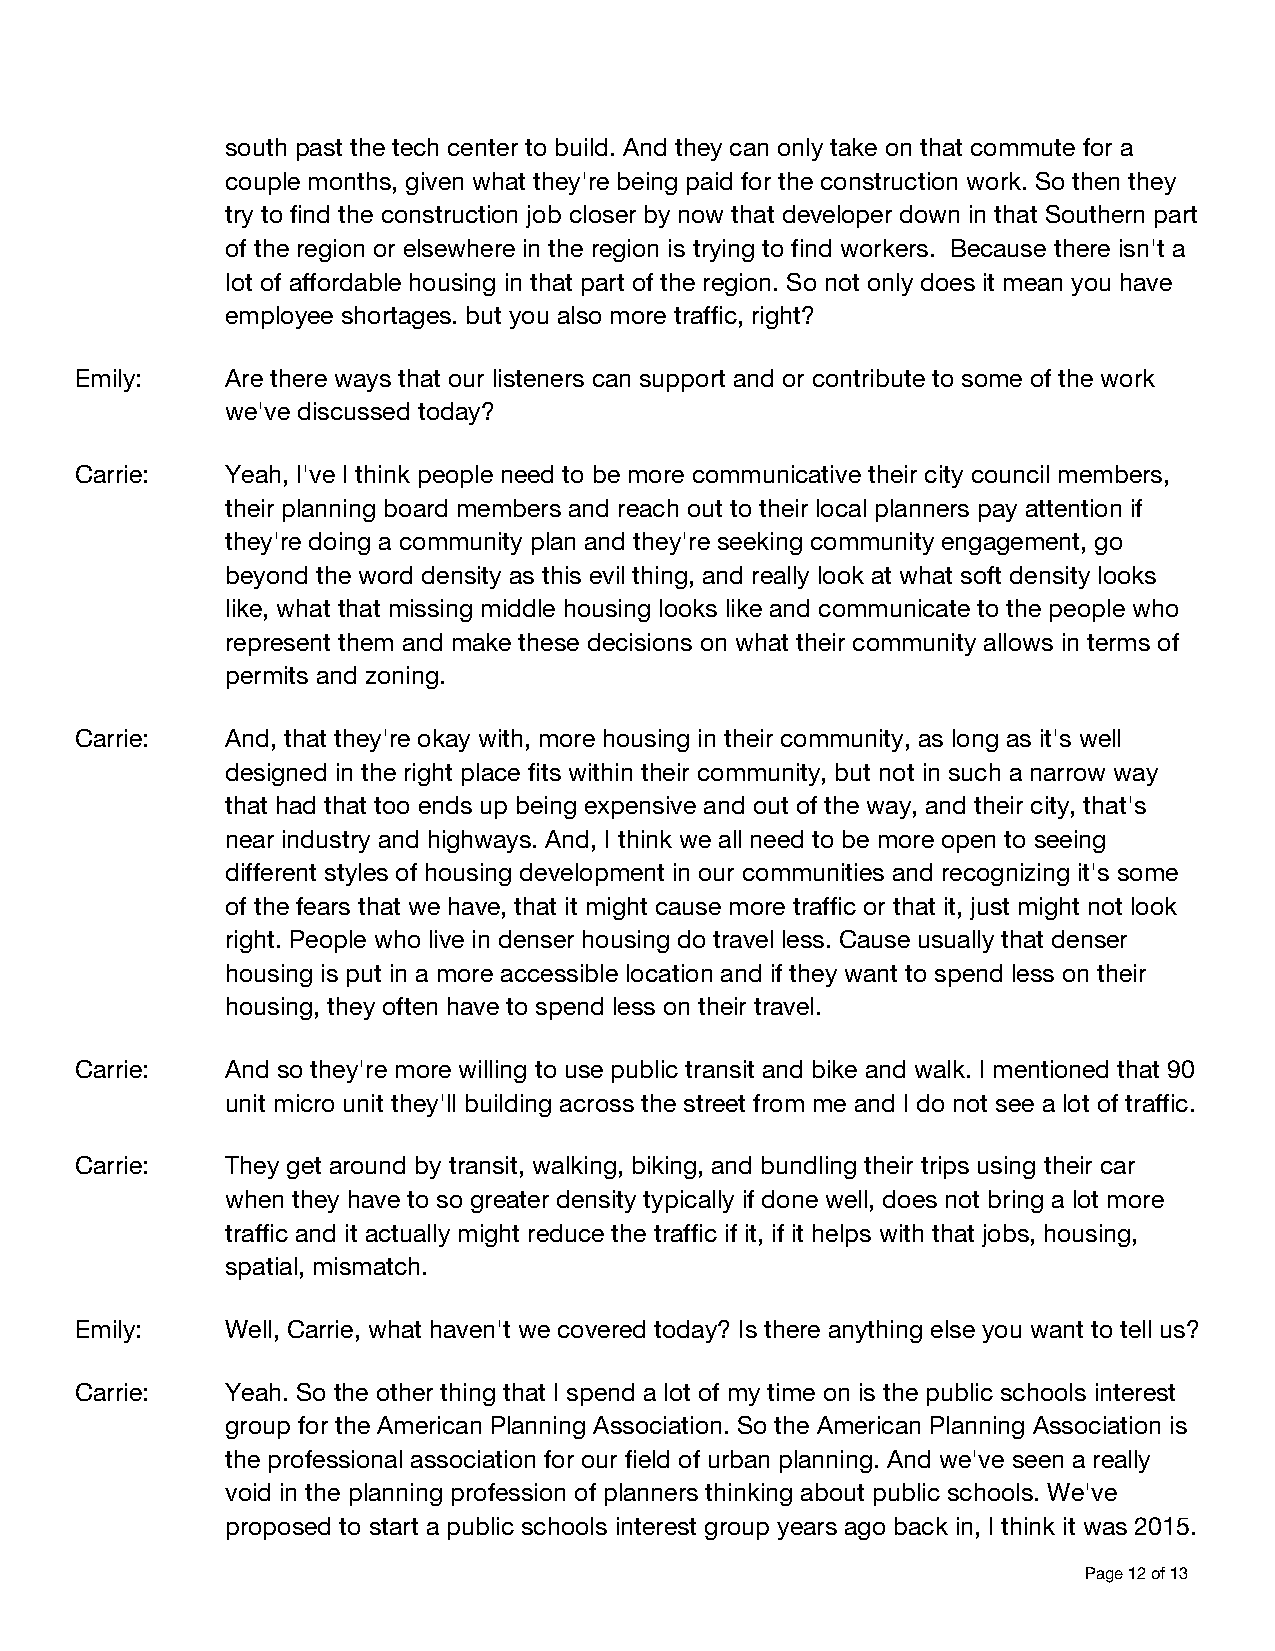
south past the tech center to build. And they can only take on that commute for a
 couple months, given what they're being paid for the construction work. So then they
 try to find the construction job closer by now that developer down in that Southern part
 of the region or elsewhere in the region is trying to find workers. Because there isn't a
 lot of affordable housing in that part of the region. So not only does it mean you have
 employee shortages. but you also more traffic, right?
 Emily:    Are there ways that our listeners can support and or contribute to some of the work
 we've discussed today?
 Carrie:   Yeah, I've I think people need to be more communicative their city council members,
 their planning board members and reach out to their local planners pay attention if
 they're doing a community plan and they're seeking community engagement, go
 beyond the word density as this evil thing, and really look at what soft density looks
 like, what that missing middle housing looks like and communicate to the people who
 represent them and make these decisions on what their community allows in terms of
 permits and zoning.
 Carrie:   And, that they're okay with, more housing in their community, as long as it's well
 designed in the right place fits within their community, but not in such a narrow way
 that had that too ends up being expensive and out of the way, and their city, that's
 near industry and highways. And, I think we all need to be more open to seeing
 different styles of housing development in our communities and recognizing it's some
 of the fears that we have, that it might cause more traffic or that it, just might not look
 right. People who live in denser housing do travel less. Cause usually that denser
 housing is put in a more accessible location and if they want to spend less on their
 housing, they often have to spend less on their travel.
 Carrie:   And so they're more willing to use public transit and bike and walk. I mentioned that 90
 unit micro unit they'll building across the street from me and I do not see a lot of traffic.
 Carrie:   They get around by transit, walking, biking, and bundling their trips using their car
 when they have to so greater density typically if done well, does not bring a lot more
 traffic and it actually might reduce the traffic if it, if it helps with that jobs, housing,
 spatial, mismatch.
 Emily:    Well, Carrie, what haven't we covered today? Is there anything else you want to tell us?
 Carrie:   Yeah. So the other thing that I spend a lot of my time on is the public schools interest
 group for the American Planning Association. So the American Planning Association is
 the professional association for our field of urban planning. And we've seen a really
 void in the planning profession of planners thinking about public schools. We've
 proposed to start a public schools interest group years ago back in, I think it was 2015.
 Page 12 of 13